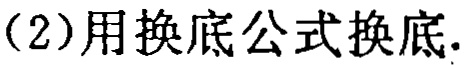
（2）用换底公式换底.